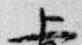
上